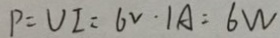
P = V I = 6 V \cdot 1 A = 6 W